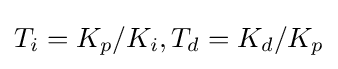
T_{i}=K_{p}/K_{i},T_{d}=K_{d}/K_{p}